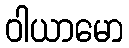
ဝါယာမော